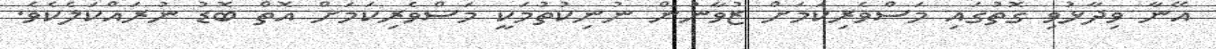
އޭނާ ވިދާޅުވި ގޮތުގައި މަސްވެރިކަމަށް ޒުވާނުން ނުނިކުތުމަކީ މަސްވެރިކަމަށް އޮތް ބޮޑު ނުރައްކަލެކެވެ.